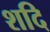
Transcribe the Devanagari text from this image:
शदि